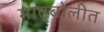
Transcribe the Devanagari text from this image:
मातृबोलीत